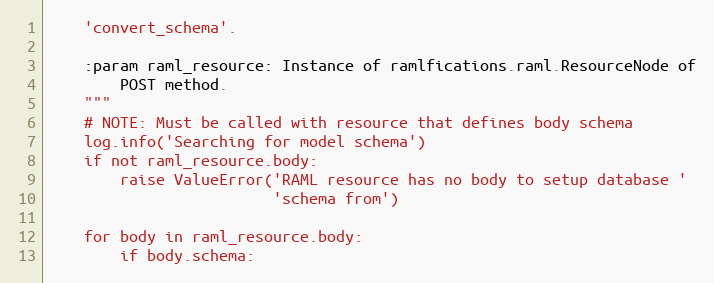
Language: Python
    'convert_schema'.

    :param raml_resource: Instance of ramlfications.raml.ResourceNode of
        POST method.
    """
    # NOTE: Must be called with resource that defines body schema
    log.info('Searching for model schema')
    if not raml_resource.body:
        raise ValueError('RAML resource has no body to setup database '
                         'schema from')

    for body in raml_resource.body:
        if body.schema: